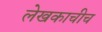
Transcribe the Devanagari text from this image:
लेखकाचीच